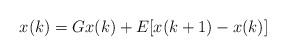
LaTeX: \begin{align*}x(k)=Gx(k)+E[x(k+1)-x(k)]\end{align*}